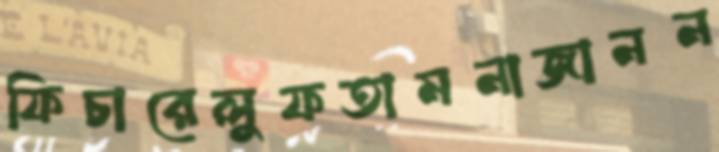
ফিচারেলুফতামনাজানন